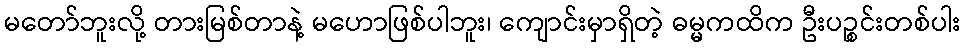
မတော်ဘူးလို့ တားမြစ်တာနဲ့ မဟောဖြစ်ပါဘူး၊ ကျောင်းမှာရှိတဲ့ ဓမ္မကထိက ဦးပဉ္စင်းတစ်ပါး